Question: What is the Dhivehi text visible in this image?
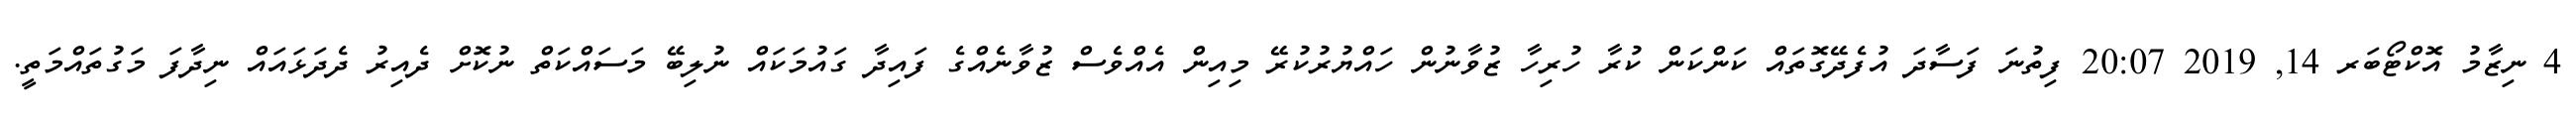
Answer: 4 ނިޒާމު އޮކްޓޯބަރ 14, 2019 20:07 ފިތުނަ ފަސާދަ އުފެދޭގޮތައް ކަންކަން ކުރާ ހުރިހާ ޒުވާނުން ހައްޔުރުކުރޭ މިއިން އެއްވެސް ޒުވާނެއްގެ ފައިދާ ގައުމަކައް ނުލިބޭ މަސައްކަތް ނުކޮށް ދެއިރު ދެދަޅައައް ނިދާފަ މަގުތައްމަތީ.